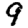
Digit: 9